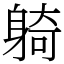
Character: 躸